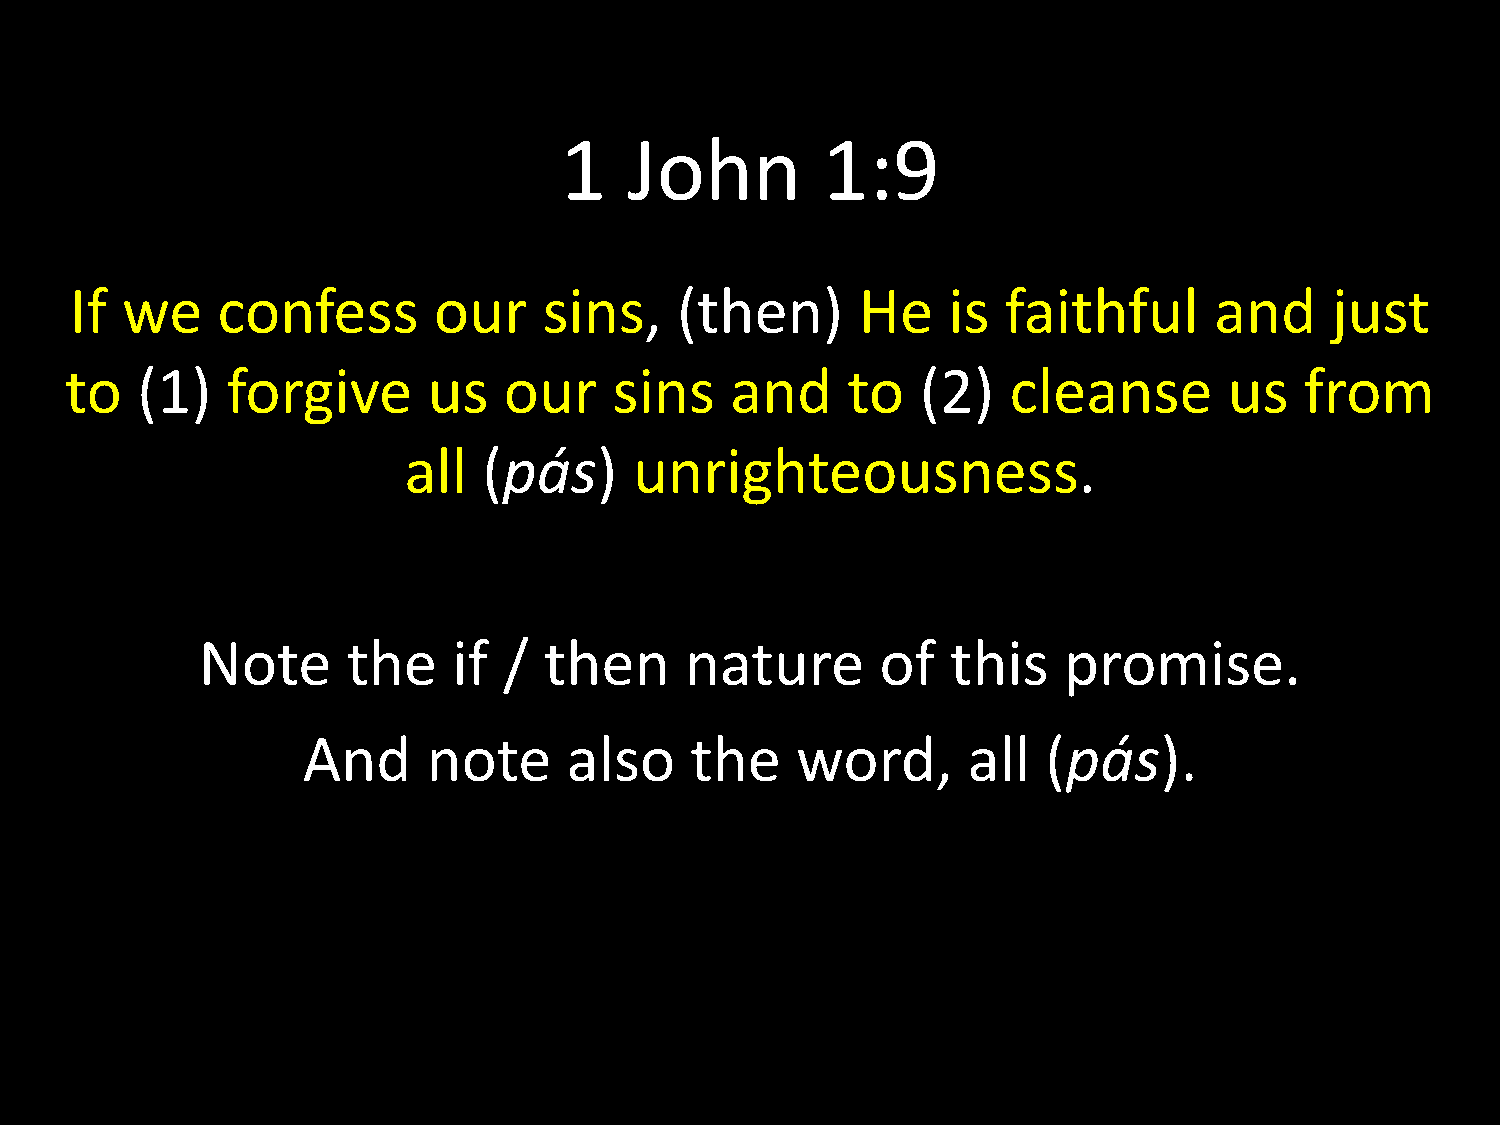
1    John        1:9
 If we    confess        our    sins,    (then)      He    is  faithful     and     just
 to   (1)   forgive      us   our     sins   and     to   (2)   cleanse       us   from
 all  (pás)     unrighteousness.
 Note      the    if /  then     nature       of   this   promise.
 And     note      also    the    word,      all  (pás).